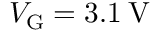
V _ { \mathrm { G } } = 3 . 1 \: \mathrm { V }